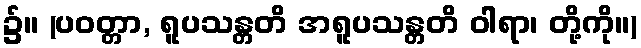
၌။ (ပဝတ္တာ, ရူပသန္တတိ အရူပသန္တတိ ဝါရာ၊ တို့ကို။)